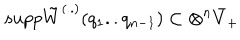
LaTeX: s u p p \tilde { W } ^ { ( . . ) } ( q _ { 1 } . . q _ { n - 1 } ) \subset \otimes ^ { n } \bar { V } _ { + }